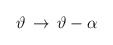
\begin{align*}\vartheta \, \rightarrow \, \vartheta -\alpha\end{align*}